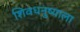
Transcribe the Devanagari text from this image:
शिवधनुष्याला